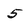
Character: 5